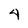
Character: 4